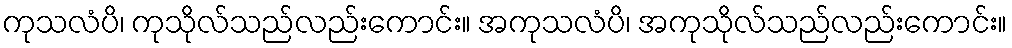
ကုသလံပိ၊ ကုသိုလ်သည်လည်းကောင်း။ အကုသလံပိ၊ အကုသိုလ်သည်လည်းကောင်း။